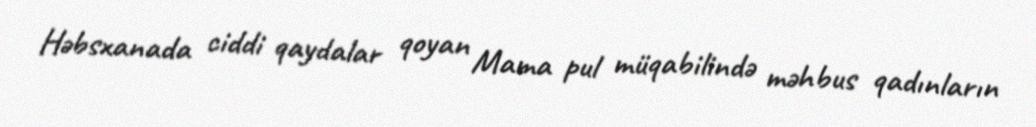
Həbsxanada ciddi qaydalar qoyan Mama pul müqabilində məhbus qadınların